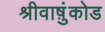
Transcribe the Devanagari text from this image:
श्रीवाष़ुंकोड